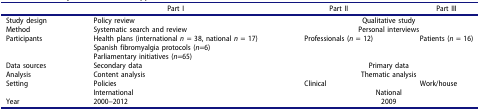
<table><thead><tr><td><b> </b></td><td><b>Part I</b></td><td><b>Part II</b></td><td><b>Part III</b></td></tr></thead><tbody><tr><td>Study design</td><td>Policy review</td><td colspan="2">Qualitative study</td></tr><tr><td>Method</td><td>Systematic search and review</td><td colspan="2">Personal interviews</td></tr><tr><td>Participants</td><td>Health plans (international <i>n</i> = 38, national <i>n</i> = 17)</td><td>Professionals (<i>n</i> = 12)</td><td>Patients (<i>n</i> = 16)</td></tr><tr><td> </td><td>Spanish fibromyalgia protocols (<i>n</i>=6)</td><td> </td><td> </td></tr><tr><td> </td><td>Parliamentary initiatives (<i>n</i>=65)</td><td> </td><td> </td></tr><tr><td>Data sources</td><td>Secondary data</td><td colspan="2">Primary data</td></tr><tr><td>Analysis</td><td>Content analysis</td><td colspan="2">Thematic analysis</td></tr><tr><td>Setting</td><td>Policies</td><td>Clinical</td><td>Work/house</td></tr><tr><td> </td><td>International</td><td colspan="2">National</td></tr><tr><td>Year</td><td>2000–2012</td><td colspan="2">2009</td></tr></tbody></table>